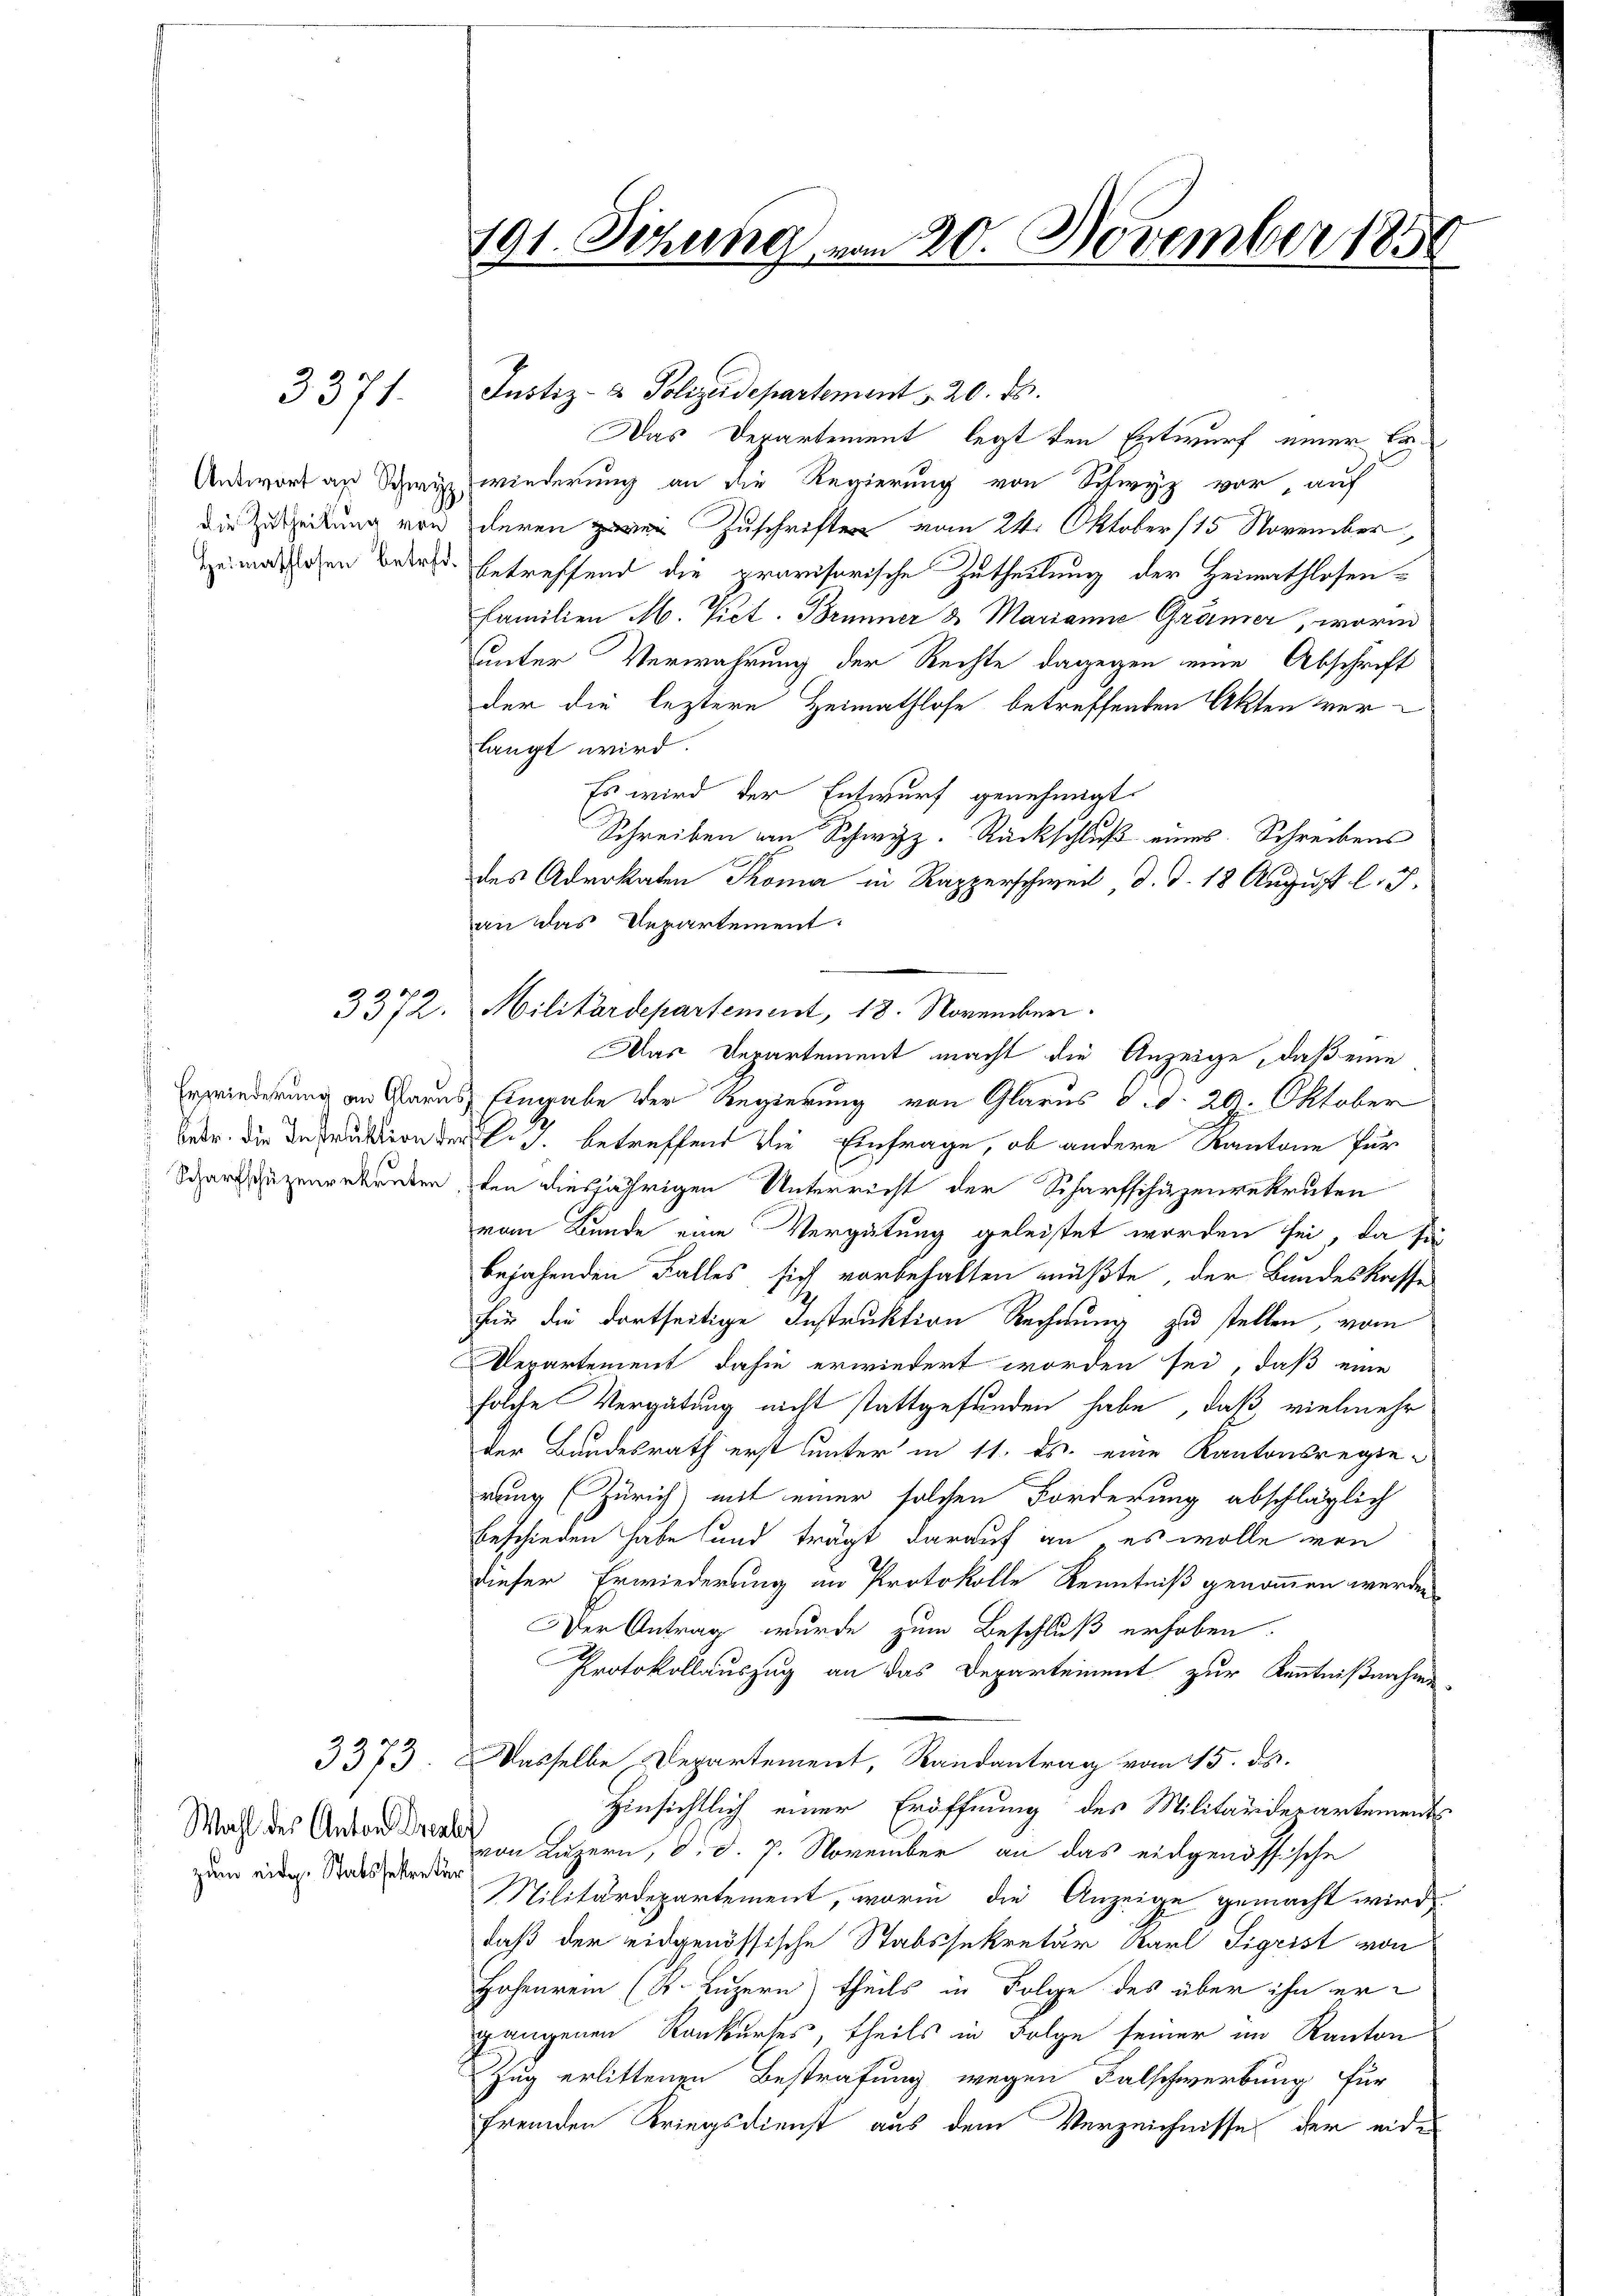
3371.

3370

Wahl des Anton Dresber
zum eidg. Statssekretär

191. Sitzung vom 20. November 1858

Justiz- & Polizeidepartement v. 20. ds.
Das Departement legt den Entwurf einer Ca
Antwort an Schwer wiederung an die Regierung von Schwyz vor, auf
die Zuleitung von deren zwei Zuschriften vom 24. Oktober (15 November
imathlichen Bern betreffend die provisorische Zutheilung der Heimathlosen-
Familien M. Vict. Brummer & Marianne Grämer, worin
uunter Verwahrung der Rechte dagegen eine Abschrift
der die leztere Heimathlose betreffenden Akten verlangt wird.
Es wird der Entwurf genehmigt.
Schreiben von Schwyz. Rückschluß eines Schreibens
des Advokaten Thoma in Rapperschweil d. d. 18 August l. J.
an das Departement.
Militärdepartement, 18. November.
Das Departement macht die Anzeige, daß eine
Erwiederung an Aaraus Eingabe der Regierung von Glarus d.d. 20. Oktober
betr. die Depution der C. c. betreffend die Einfrage, ob andere Kantone für
Schargenzengekreten, den diesjährigen Unterricht der Scharfschüzenrekruten
vom Bunde eine Vergütung geleistet worden sei, da für
bejahenden Falles sich vorbehalten müßte, der Bundeskasse
für die dortseitige Instruktion Rechnung zu stellen, vom
epartement dahin erwiedert worden sei, daß eine
solche Vergütung nicht stattgefunden habe, daß vielmehr
der Bundesrath erst unter in 11. ds. eine Kantonsregierung (Zürich) mit einer solchen Forderung abschläglich
beschieden habe und trägt darauf an es wolle von
dieser Erwiederung an Protokolle Kenntniß genommen werden
Der Antrag wurde zum Beschluß erhoben.
Protokollauszug an das Departement zur Kenntnißnahme
3373. Dasselbe Departement, Randantrag vom 15. ds.
Hinsichtlich einer Eröffnung des Militärdepartements
von Luzern, d. d. 7. November an das eidgenössische
Militärdepartement, worin die Anzeige gemacht wird,
daß der eidgenössische Stabssekretär Karl Sigrist von
Hohenrein (K. Luzern) theils in Folge des über ihn ergangenen Konkurses, theils in Folge seiner im Kanton
Zug erlittenen Bestrafung wegen Falschwerbung für
fremden Kriegsdienst aus dem Verzeichnisse der eid¬